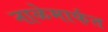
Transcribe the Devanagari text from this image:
नाळेमार्फत